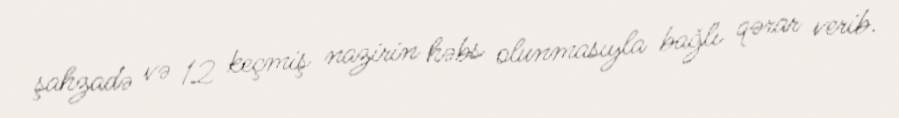
şahzadə və 12 keçmiş nazirin həbs olunmasıyla bağlı qərar verib.